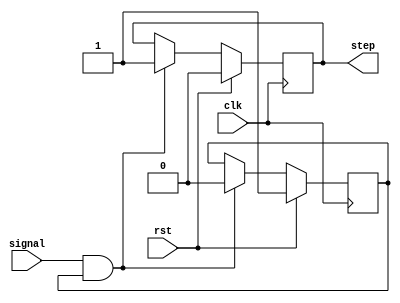
module unit_step( input signal, clk, rst, output reg step );
    reg flag;
    always @(posedge clk) begin
        if(rst) begin
            step<=0;
            flag<=1;
        end
        else if(signal & flag) begin
            step<=1;
            flag<=0;
        end 
    end
endmodule